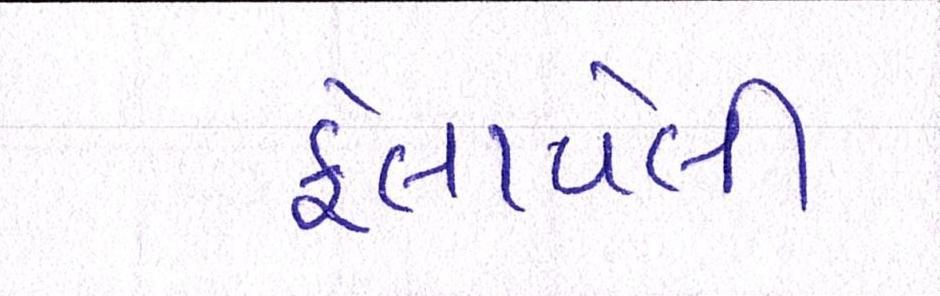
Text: ફેલાવેલી